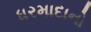
ધરમાદાનો